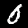
Label: 0